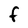
Character: F